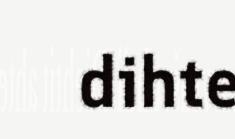
dihte